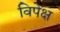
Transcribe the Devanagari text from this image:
विपेक्ष